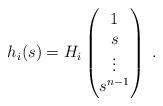
LaTeX: \begin{align*} h_i(s) = H_i \begin{pmatrix} 1\\s\\ \vdots\\ s^{n-1}\end{pmatrix}\; . \end{align*}